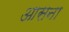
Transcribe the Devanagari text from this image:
आसना